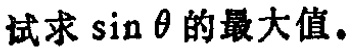
试求\(\sin\theta\)的最大值。